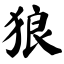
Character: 狼